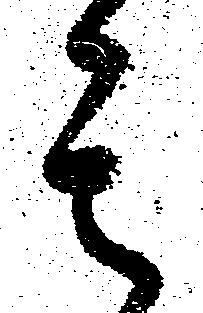
其